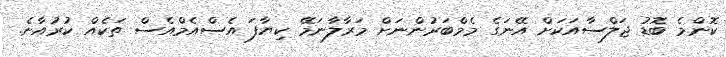
ކޮންމެ ބޮޑު ޖަލްސާއަކަށް އޭނަގެ މެމްބަރުންނަށް މަރާލާނަމޭ ކިޔާފަ އެސްއެމްއެސް ތަކެއް ކުރުއާނެ.